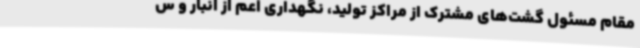
مقام مسئول گشت‌های مشترک از مراکز تولید، نگهداری اعم از انبار و س